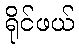
ရိုင်ဖယ်